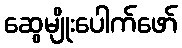
ဆွေမျိုးပေါက်ဖော်